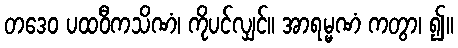
တဒေဝ ပထဝီကသိဏံ၊ ကိုပင်လျှင်။ အာရမ္မဏံ ကတွာ၊ ၍။